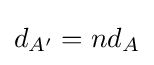
d_{A'}=nd_{A}